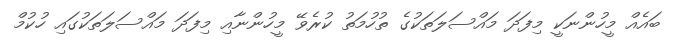
ބައެއް މީހުންނަކީ މިފަދަ މައްސަލަތަކުގެ ތުހުމަތު ކުރެވޭ މީހުންނާއި މިފަދަ މައްސަލަތަކުގައި ހުކުމް